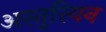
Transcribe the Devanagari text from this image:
अस्तुरियन